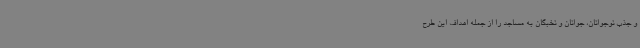
و جذب نوجوانان، جوانان و نخبگان به مساجد را از جمله اهداف این طرح